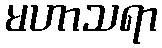
မဟာသရာ